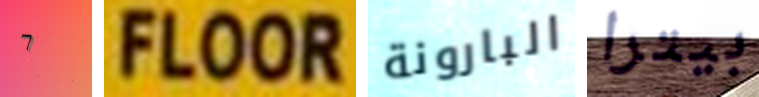
7 FLOOR البارونة بيترا